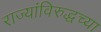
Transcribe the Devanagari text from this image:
राज्यांविरुद्धच्या